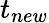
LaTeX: t_{new}